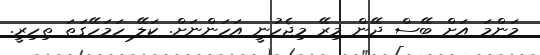
މަންމަ އަށް ބޭސް ދޭން މިރޭ މިޖެހުނީ އަހަންނަށް. ކަލޭ ހަމަހޭގަތަ ތިހިރީ.